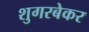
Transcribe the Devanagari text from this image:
शुगरबेकर